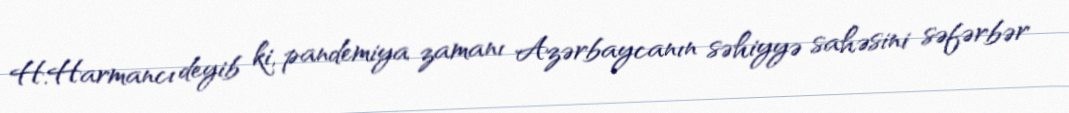
H.Harmancı deyib ki, pandemiya zamanı Azərbaycanın səhiyyə sahəsini səfərbər